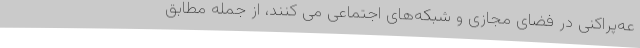
عه‌پراکنی در فضای مجازی و شبکه‌های اجتماعی می کنند، از جمله مطابق